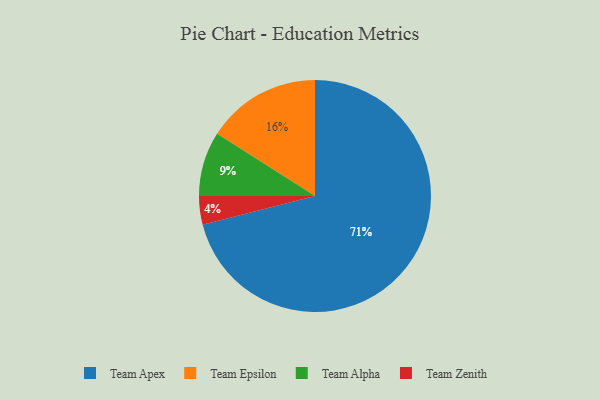
{"axis": {"x": "Category", "y": "Percentage"}, "legend": ["Team Alpha", "Team Apex", "Team Epsilon", "Team Zenith"], "data": [{"x": "Team Epsilon", "y": 16, "type": "Team Epsilon"}, {"x": "Team Alpha", "y": 9, "type": "Team Alpha"}, {"x": "Team Zenith", "y": 4, "type": "Team Zenith"}, {"x": "Team Apex", "y": 71, "type": "Team Apex"}]}